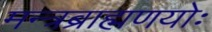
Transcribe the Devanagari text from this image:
मन्त्रब्राह्मणयोः